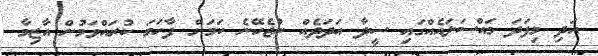
އަދި މިފަދަ މައްސަލައެއްގައި ސީދާ އަދަދެއް ނުޖެހޭނެ ކަމަށް ފާހަގަ ކުރައްވަމުން އާޒިމާ